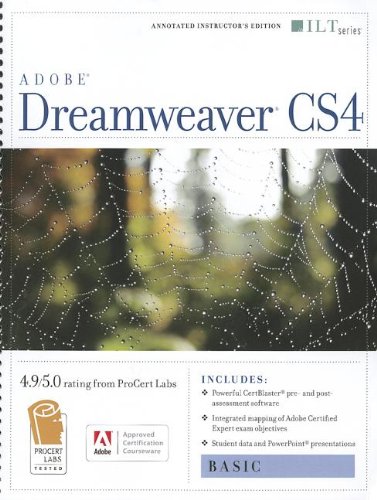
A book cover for Dreamweaver Cs4: Basic, Ace Edition + Certblaster (ILT); Computers & Technology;